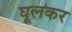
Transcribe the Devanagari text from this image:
घूलकर